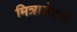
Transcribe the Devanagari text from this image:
मित्रा़डेट्स